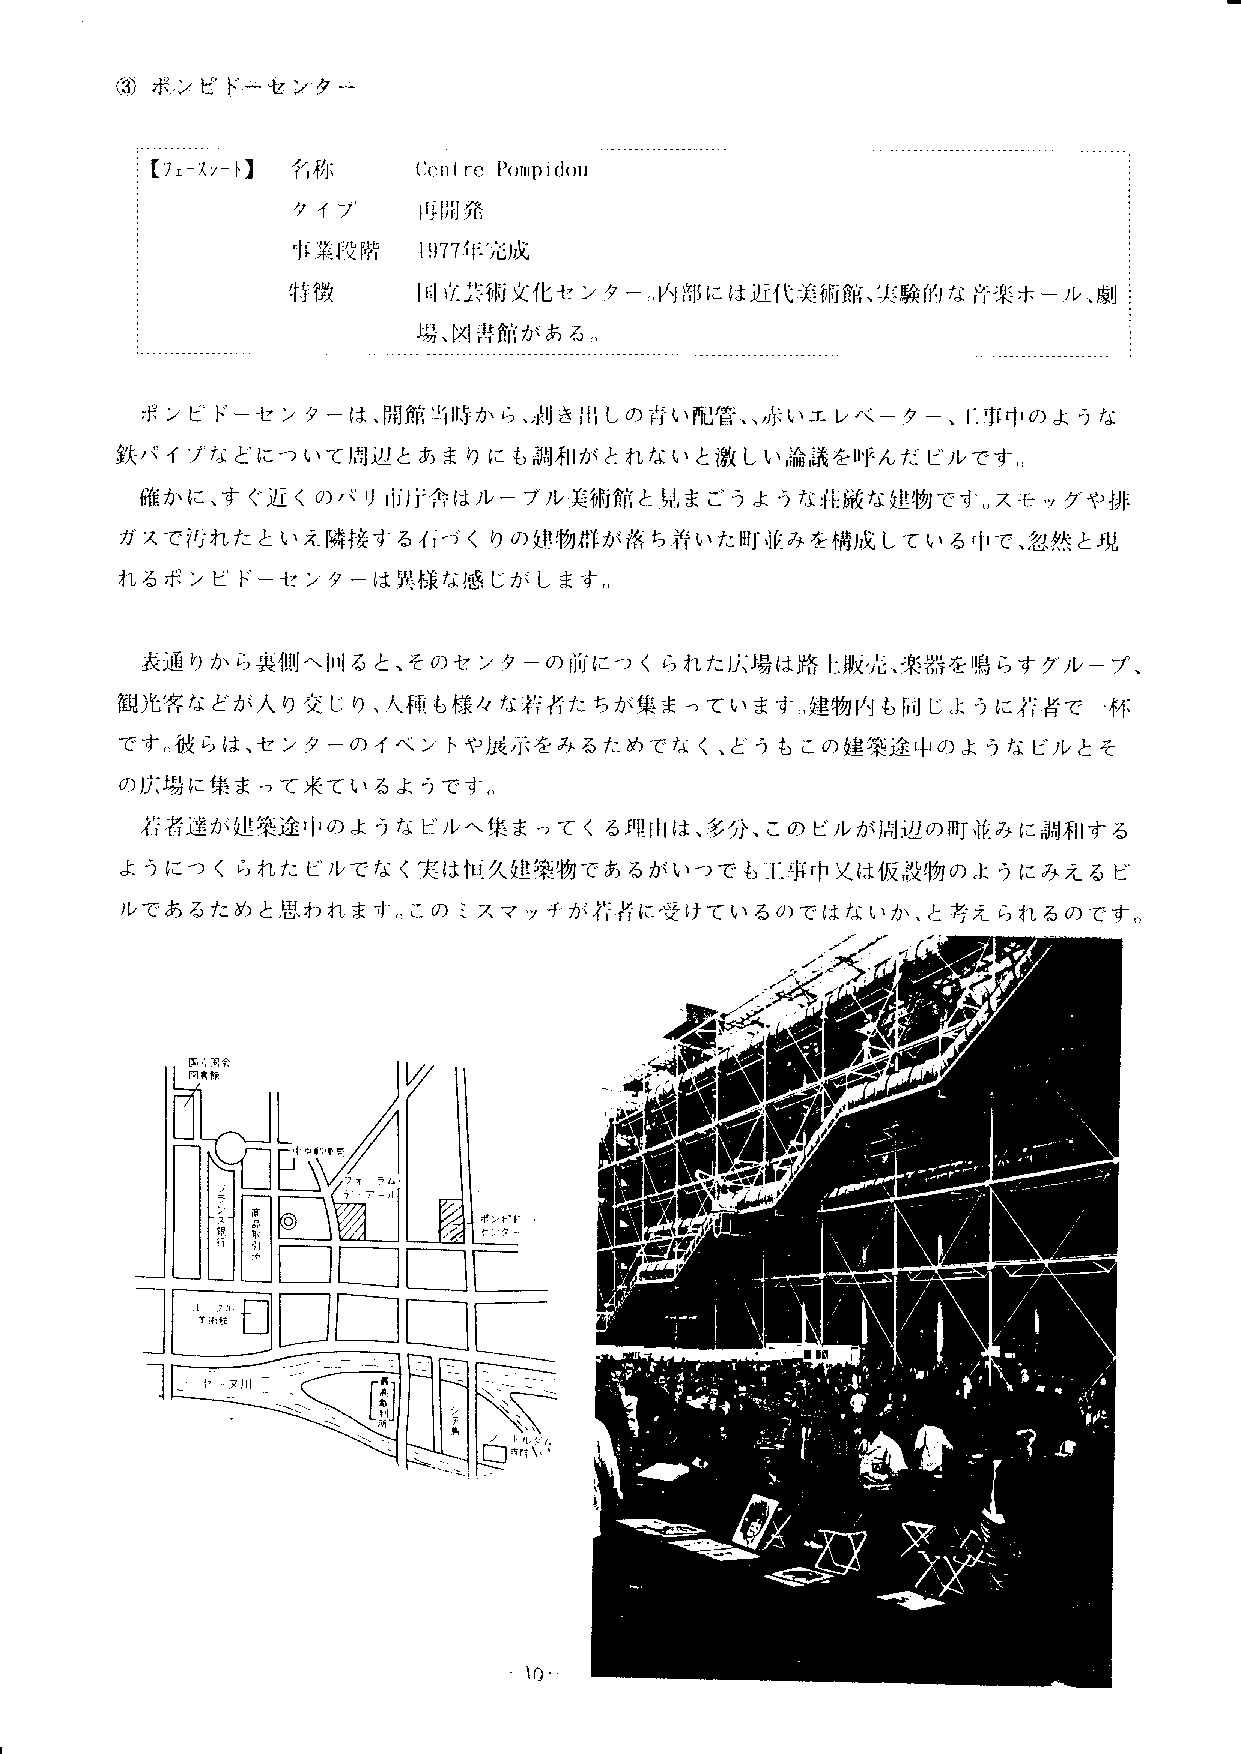
③
 ポンピ|ド■センクニ
 ー  ー
 【フェスシト】  名称       CCFit rC I)()mpid()u
 タイプ      l専開発
 寸f業段階    1977年党成
 特徴       田立芸術  文化センター   ぃ内部には近代美術館、実験的な音楽ホール、劇
 場、区1諄館があるて、
 ポンピドーセンター     は、開館当時から、まJき出しの背い配管、、赤いエレベー          ター 、工事中のような
 鉄パイプなどについて周辺とあまりにも制和|がとれないと激             しい論議を呼んだビルです(〕
 確かに、すぐ近    くのパ リ市庁合はルー    ブル美術館と乳まごうような荘厳な建物です()スモッグや排
 ガスで汚れたといえ隣接するイ「づくりの建物群が落ち持いた町並みを構成                している中で、忽然と現
 れるポンピドー    センター
 は興様な感   じがします。
 表通
 りから裏側へ回ると、そのセンターの前につくられた広場は路上販売、楽器を鳴らすグルー
 プ
 観光客などが入り交     じり、人稲  も様々な孝fキたちが集まっています。建物内も同じように若者で一             杯
 です。彼 らは、センターのイベントや展示をみるためでなく、どうもこの建築途中のようなビルとそ
 の広場に集まって来ているようです(〕
 若者達が建築途中のようなビルヘ集まってくるFl山は、多分、このビルが周辺の町並みに調和する
 ようにつくられたビルでなく実はいI久建築物であるがいつでも,11事中又は仮設物のようにみえるビ
 ルであるためと思われます。この       ミスマッチが若者に受けているのではないか、と考えられるのです
 l lr9ヽ